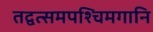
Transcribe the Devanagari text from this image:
तद्वत्समपश्चिमगानि